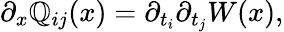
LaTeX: \partial_{x}\mathbb{Q}_{ij}(x)=\partial_{t_{i}}\partial_{t_{j}}W(x),